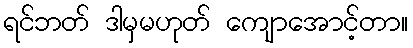
ရင်ဘတ် ဒါမှမဟုတ် ကျောအောင့်တာ။